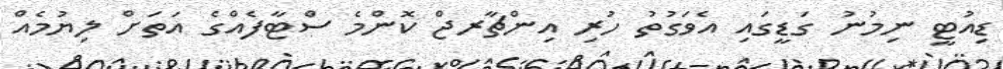
ޑިއުޓީ ނިމުނު ގަޑީގައި އެވަގުތު ހުރި އިންޗާރޖް ކޮންމެ ސްޓާފެއްގެ އަތަށް ލިޔުމެއް